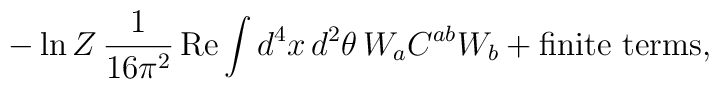
- \ln Z\,\frac{1}{16\pi^2}\,\mbox{Re}\int d^4x\,d^2\theta\,W_a C^{ab} W_b +\mbox{finite terms},